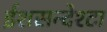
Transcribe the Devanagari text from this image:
ईशसन्देश्टा